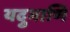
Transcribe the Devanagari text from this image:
यदुमाणि